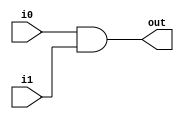
module andgate(
	input wire i0,
	input wire i1,
	output reg out
);

	always @ (i0, i1) begin
		out = i0 & i1;
	end

endmodule